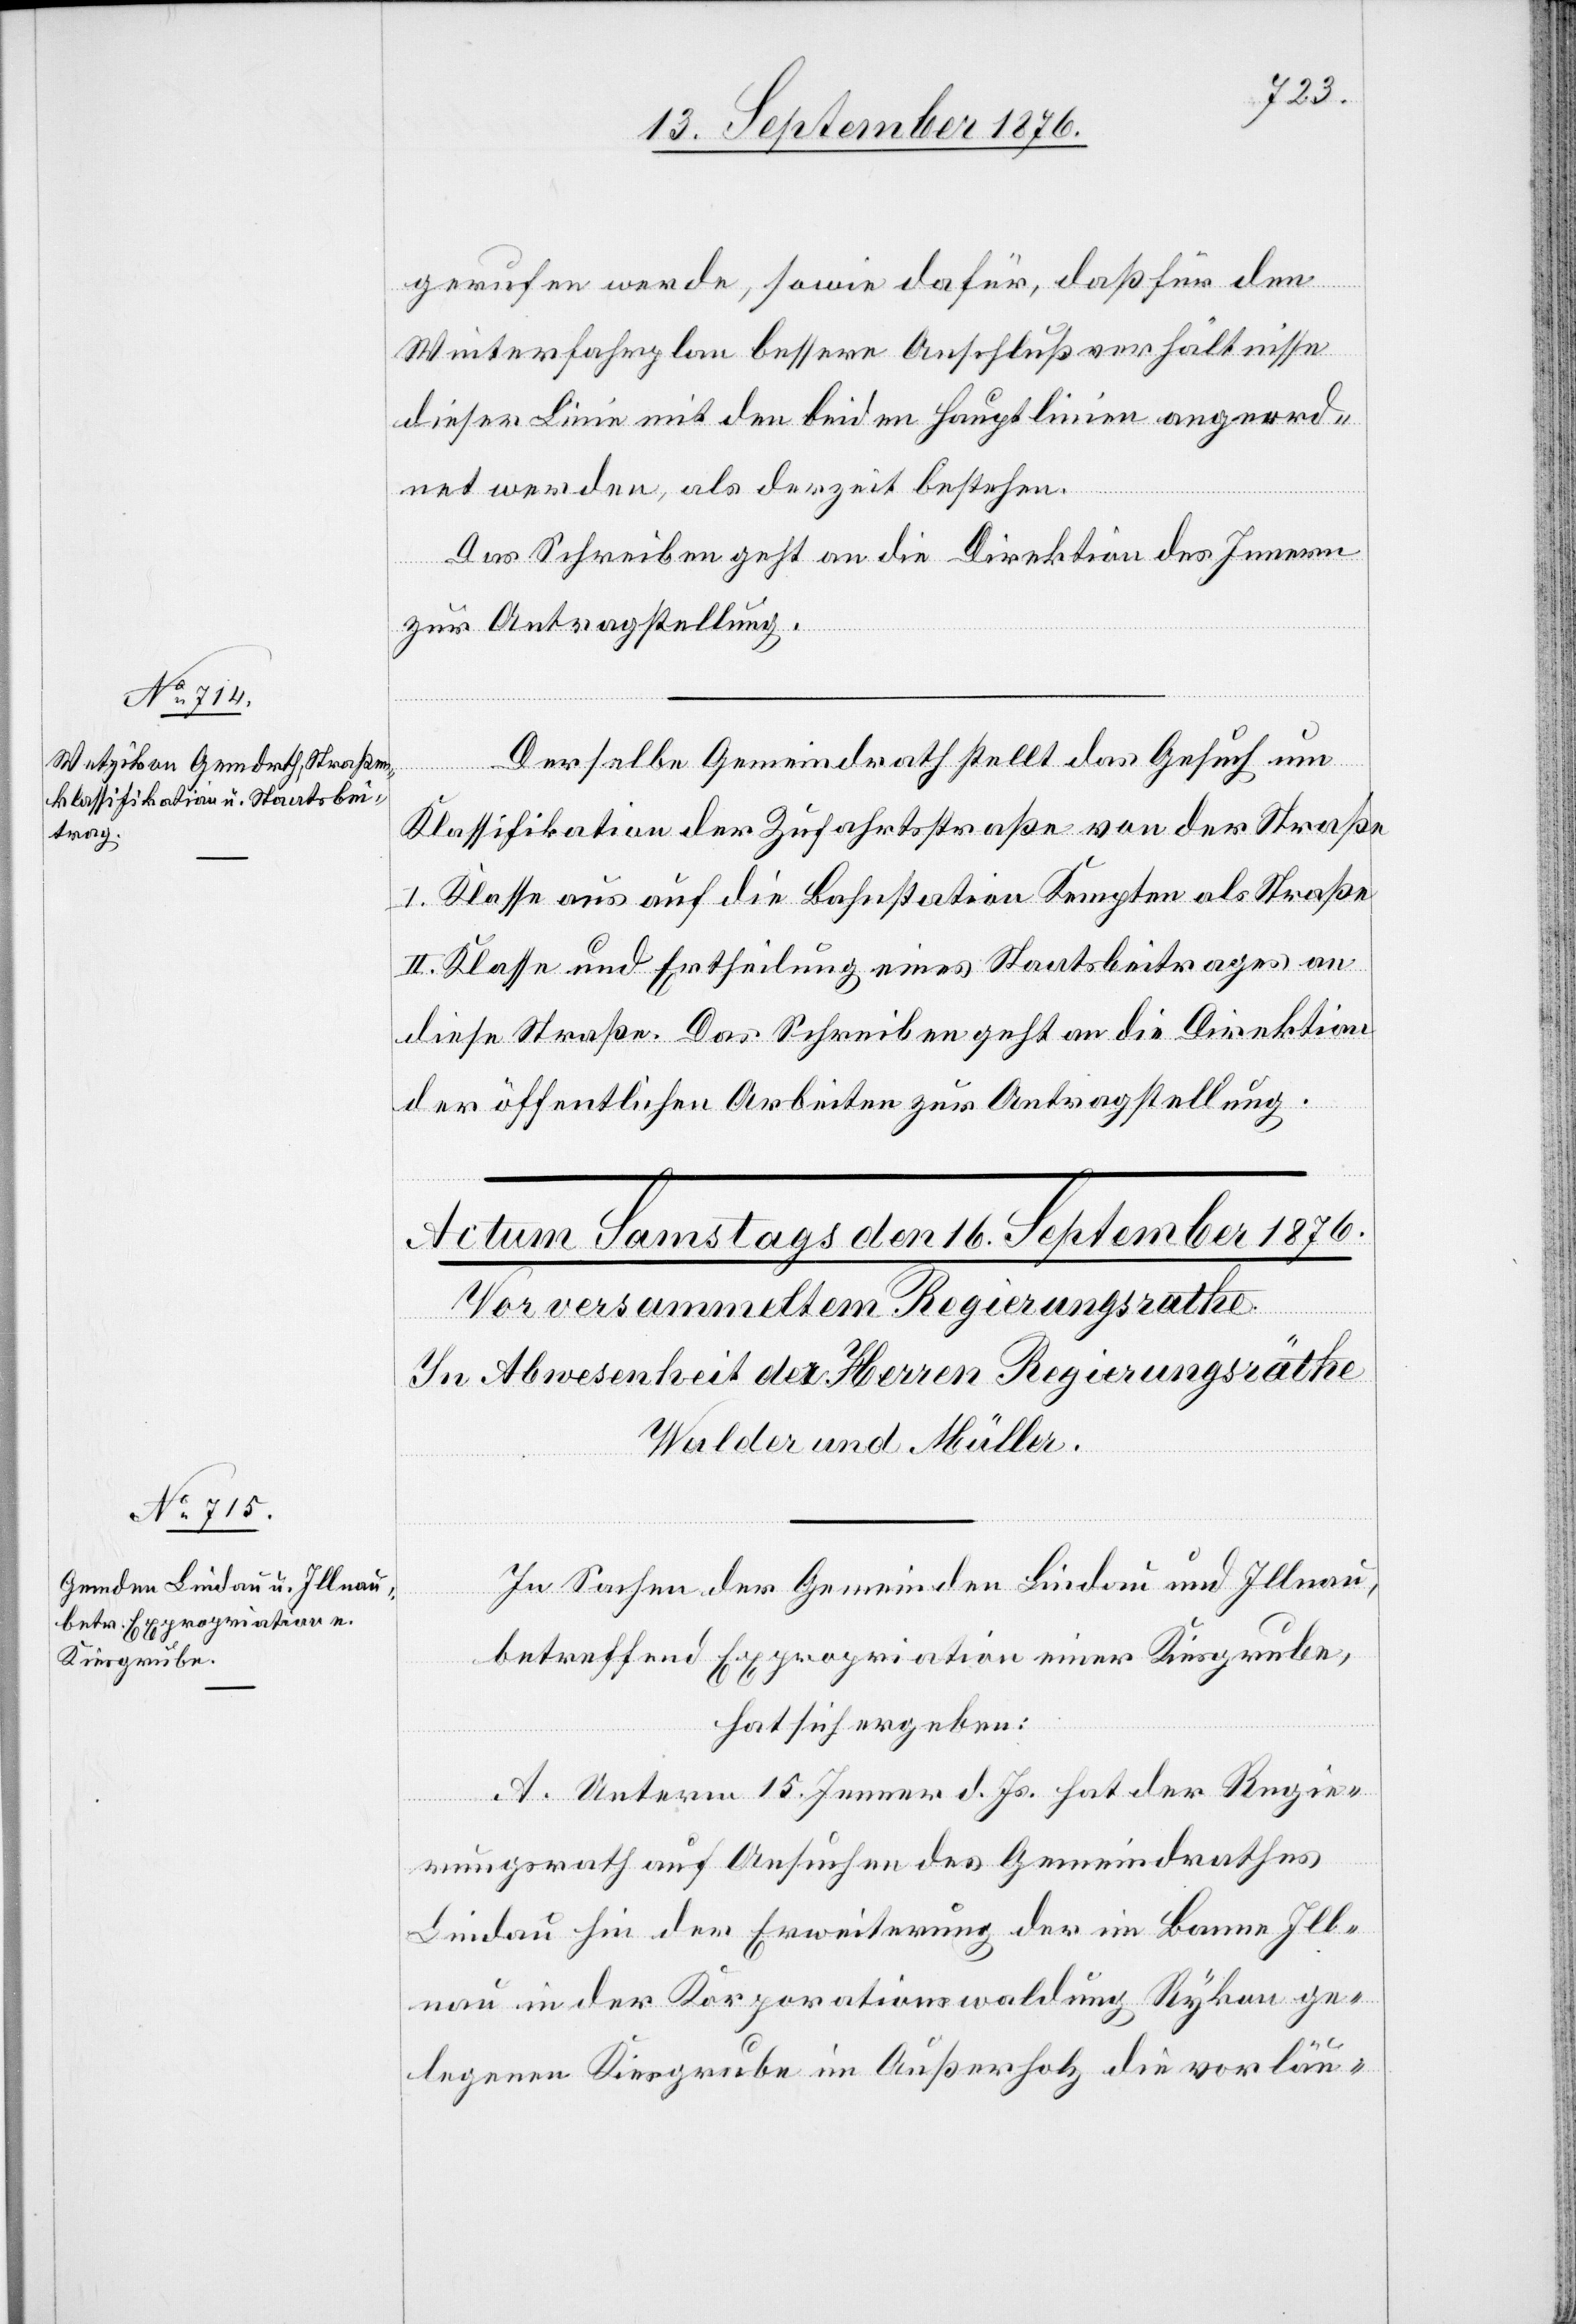
15. September 1876.]
gerufen werde, sowie dafür, daß für den
Winterfahrplan bessere Anschlußverhältnisse
dieser Linie mit den beiden Hauptlinien angeord¬
net werden, als derzeit bestehen.
Das Schreiben geht an die Direktion des Innern
zur Antragstellung.
Derselbe Gemeindrath stellt das Gesuch um
Klassifikation der Zufahrtsstraße von der Straße
I. Klasse aus auf die Bahnstation Kempten als Straße
II. Klasse und Ertheilung eines Staatsbeitrages an
diese Straße. Das Schreiben geht an die Direktion
der öffentlichen Arbeiten zur Antragstellung.
In Sachen der Gemeinden Lindau und Illnau,
betreffend Expropriation einer Kiesgrube,
hat sich ergeben:
A. Unterm 15. Jenner d. Js. hat der Regie¬
rungsrath auf Ansuchen des Gemeindrathes
Lindau hin der Erweiterung der im Banne Ill¬
nau in der Korporationswaldung Rykon ge¬
legenen Kiesgrube im Außerholz die vorläu-